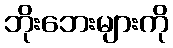
ဘိုးဘေးများကို